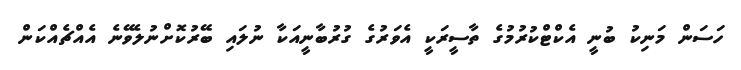
ހަސަން މަނިކު ބުނީ އެކްޓްކުރުމުގެ ތާސީރަކީ އެވަރުގެ ގުރުބާނީއަކާ ނުލައި ބޭރުކޮށްނުލެވޭނެ އެއްޗެއްކަން